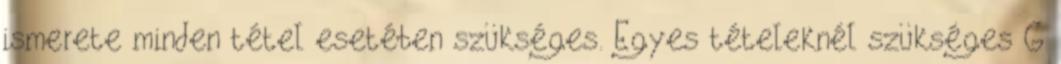
ismerete minden tétel esetében szükséges. Egyes tételeknél szükséges G